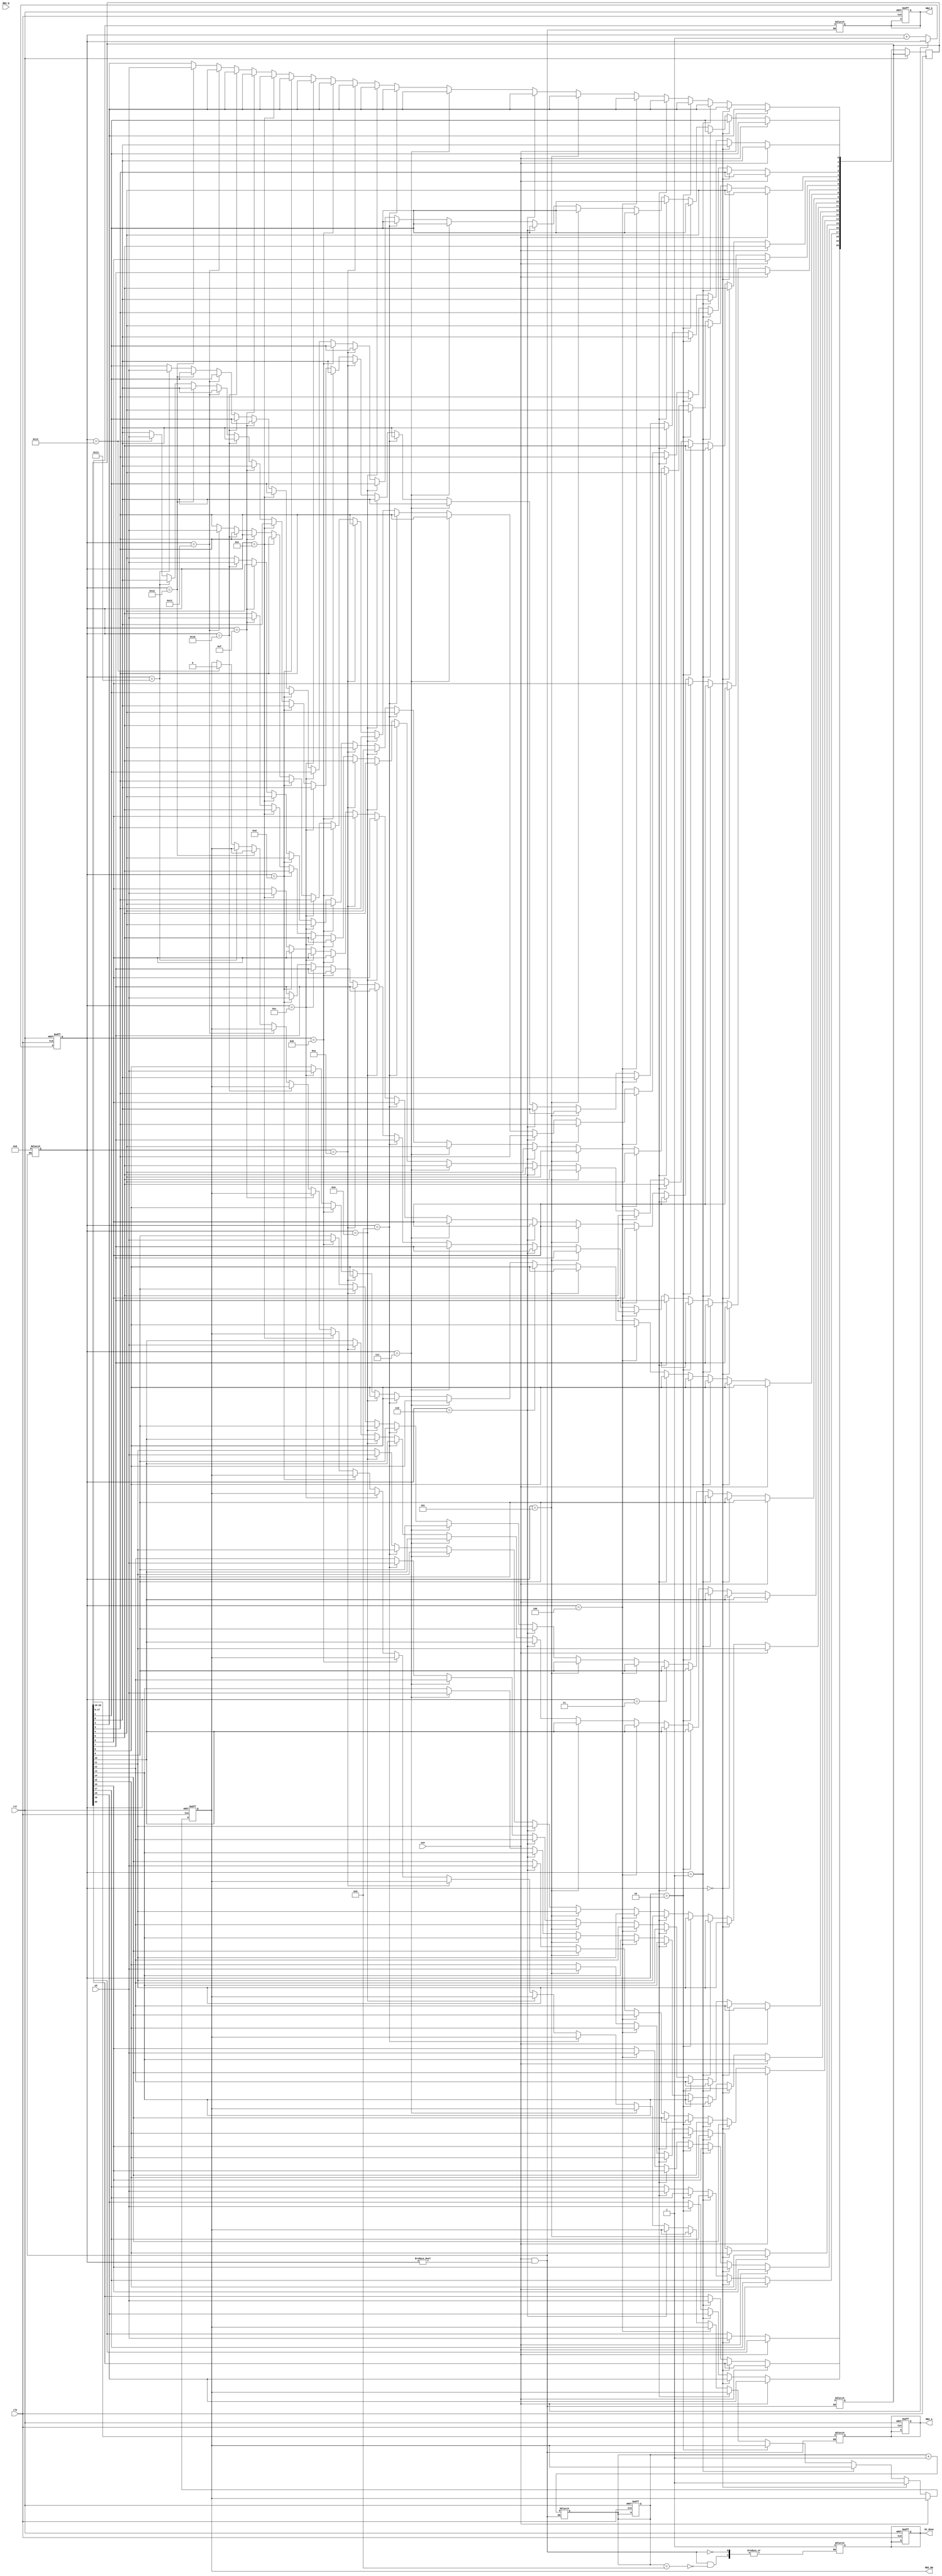
module S2(clk,
	  rst,
	  S2_done,
	  RB2_RW,
	  RB2_A,
	  RB2_D,
	  RB2_Q,
	  sen,
	  sd);

input clk, rst;
output reg S2_done, RB2_RW;
output reg [2:0] RB2_A;
output reg [17:0] RB2_D;
input [17:0] RB2_Q;
input sen, sd;
reg [9:0] load,count;
reg [20:0] pack;

always @(posedge clk or posedge rst) begin
	if(rst)begin
	  RB2_RW <= 1'd1;
	  RB2_A <= 3'd0;
	  RB2_D <= 18'd0;
	  S2_done <= 1'd0;
	  load <= 10'd0;
	  count <= 10'd0;
	  //S2_done <= 1'd1;
	end
	else if(!sen)begin
		load <= load + 10'd1;
	  	if(load == 10'd0)begin
			//RB2_A[2] <= sd;
			RB2_RW <= 1'd1;
			pack[20] <= sd;
	  	end
		else if (load == 10'd1 ) begin
			//RB2_A[1] <= sd;
			pack[19] <= sd;
		end
		else if (load == 10'd2) begin
			//RB2_A[0] <= sd;
			pack[18] <= sd;
		end
		else if (load == 10'd3) begin
			pack[17] <= sd;
		end
		else if (load == 10'd4) begin
			pack[16] <= sd;
		end
		else if (load == 10'd5) begin
			pack[15] <= sd;
		end
		else if (load == 10'd6) begin
			pack[14] <= sd;
		end
		else if (load == 10'd7) begin
			pack[13] <= sd;
		end
		else if (load == 10'd8) begin
			pack[12] <= sd;
		end
		else if (load == 10'd9) begin
			pack[11] <= sd;
		end
		else if (load == 10'd10) begin
			pack[10] <= sd;
		end
		else if (load == 10'd11) begin
			pack[9] <= sd;
		end
		else if (load == 10'd12) begin
			pack[8] <= sd;
		end
		else if (load == 10'd13) begin
			pack[7] <= sd;
		end
		else if (load == 10'd14) begin
			pack[6] <= sd;
		end
		else if (load == 10'd15) begin
			pack[5] <= sd;
		end
		else if (load == 10'd16) begin
			pack[4] <= sd;
		end
		else if (load == 10'd17) begin
			pack[3] <= sd;
		end
		else if (load == 10'd18) begin
			pack[2] <= sd;
		end
		else if (load == 10'd19) begin
			pack[1] <= sd;
		end
		else if (load == 10'd20) begin
			pack[0] <= sd;
			RB2_RW <= 1'd0;
		end
		else if (load == 10'd21) begin
			// RB2_A <= pack[20:18];
			// RB2_D <= pack[17:0];
			// count <= count + 10'd1;
			// load <= 10'd0;
			// RB2_RW <= 1'd1;
			// pack <= 21'dz;
			// if (count == 10'd8) begin
			// 	S2_done <= 1'd1;
			// end
		end
	end
	// else if(sen)begin
	//   RB2_A <= pack[20:18];
	// 	RB2_D <= pack[17:0];
	// 	count <= count + 10'd1;
	// 	load <= 10'd0;
	// 	RB2_RW <= 1'd1;
	// 	pack <= 21'dz;
	// 	if (count == 10'd8) begin
	// 		S2_done <= 1'd1;
	// 	end
	// end
end
always @(*) begin
	if(sen==1&&load!=0)begin
	  RB2_A <= pack[20:18];
			RB2_D <= pack[17:0];
			count <= count + 10'd1;
			load <= 10'd0;
			pack <= 21'dz;
			if (count == 10'd8) begin
				S2_done <= 1'd1;
			end
	end
end
endmodule